Insane asylums in Bengal annual reports 1876-1887 - 1876-1887
Year: 1876
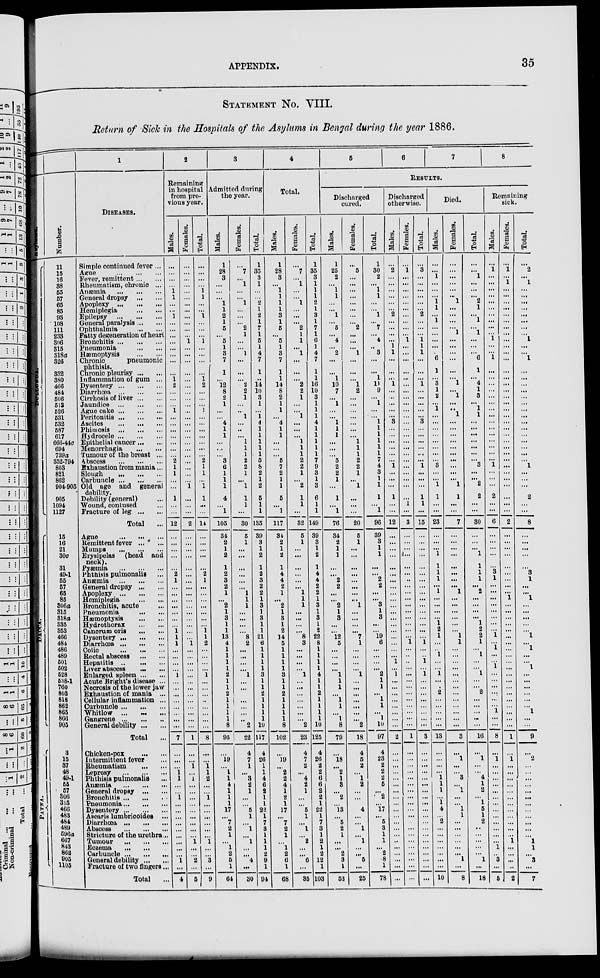
APPENDIX.
35
STATEMENT No. VIII.
Return of Sick in the Hospitals of the Asylums in Bengal during the year 1886.
Asylums.
DULLUNDA.
DACCA.
PATNA.
Number.
11
15
16
38
55
57
65
85
93
108
111
233
306
315
318a
326
332
380
466
484
506
513
626
531
532
587
617
666-440
694
739a
352-794
803
821
862
904-905
905
1094
1127
15
16
21
30c
31
49-1
55
57
65
85
306a
315
318a
835
353
466
484
486
489
501
502
528
538-1
760
803
818
862
865
866
905
3
15
87
48
49-1
65
57
806
315
466
483
484
489
596a
607
843
862
905
1105
1
DISEASES.
Simple continued fever...
Ague
...
...
...
Fever remittent ... ...
Rheumatism chronic ...
Anæmia
...
...
...
General dropsy
...
...
Apoplexy
...
...
...
Hemiplegia
...
...
Epilepsy ... ... ...
General paralysis ... ...
Ophthalmia
...
...
Fatty degeneration of heart
Bronchitis ... ... ...
Pneumonia
...
...
Haemoptysis
...
...
Chronic
pneumonic
phthisis.
Chronic pleurisy ... ...
Inflammation of gum ...
Dysentery ... ... ...
Diarrhœa
...
...
...
Cirrhosis of liver ... ...
Jaundice
...
...
...
Ague cake ... ... ...
Peritonitis ... ... ...
Ascites ... ... ...
Phimosis
...
...
...
Hydrocele ... ... ...
Epithelial cancer ... ...
Menorrhagia
...
...
Tumour of the breast ...
Abscess
...
...
...
Exhaustion from mania...
Slough
...
...
...
Carbuncle ... ... ...
Old age and general debility.
Debility (general) ...
Wound contused ...
Fracture of leg ... ...
Total ...
Ague
...
...
...
Remittent fever ... ...
Mumps
...
...
...
Erysipelas
(head and
neck).
Pyæmia
...
...
...
Phthisis pulmonalis ...
Anæmia
...
...
...
General dropsy ... ...
Apoplexy
...
...
...
Hemiplegia
...
...
Bronchitis acute ...
Pneumonia ... ...
Hæmoptysis
...
...
Hydrothorax
...
...
Canorum oris
...
...
Dysentery ... ... ...
Diarrhœa
...
...
...
Colic
...
...
...
Rectal abscess
...
...
Hepatitis
...
...
...
Liver abscess
...
...
Enlarged spleen ... ...
Acute Brignt's disease ...
Necrosis of the lower jaw
Exhaustion of mania ...
Cellular inflammation ...
Curbunole ... ... ...
Whitlow ... ... ...
Gangrene ... ... ...
General debility ... ...
Total ...
Chicken-pox
...
...
Intermittent fever ...
Rheumatism
...
...
Leprosy
...
...
...
Phthisis pulmonalis ...
Anæmia
...
...
...
General dropsy
...
...
Bronchitis ... ... ...
Pneumonia ... ... ...
Dysentery ... ... ...
Ascaris lumbricoides ...
Diarrhœa
...
...
...
Abscess
...
...
...
Stricture of the urethra...
Tumour
...
...
...
Eczema ... ... ...
Carbuncle ... ... ...
General debility ... ...
Fracture of two fingers...
Total ...
2
Remaining
in hospital
from pre-
vious year.
Males.
...
...
...
...
1
1
...
...
1
...
...
...
...
...
...
...
...
1
2
...
...
...
1
...
...
...
...
...
...
...
2
1
1
...
...
1
...
...
12
...
...
...
...
...
2
1
...
...
...
...
...
...
...
1
1
1
...
...
...
...
1
...
...
...
...
...
...
...
...
7
...
...
...
1
1
...
...
1
...
...
...
...
...
...
...
...
...
1
...
4
Females.
...
...
...
...
...
...
...
...
...
...
...
...
1
...
...
...
...
...
...
...
...
...
...
...
...
...
...
...
...
...
...
...
...
...
1
...
...
...
2
...
...
...
...
...
...
...
...
...
...
...
...
...
...
...
...
1
...
...
...
...
...
...
...
...
...
...
...
...
...
1
...
...
1
...
1
...
...
...
...
...
...
...
...
...
1 ...
...
2
...
5
Total.
...
...
...
...
1
1
...
...
1
...
...
...
1
...
...
...
...
1
2
....
...
...
1
...
...
...
...
...
...
...
2
1
1
...
1
1
...
...
14
...
...
...
...
...
2
1
...
...
...
...
...
...
...
1
1
2
...
...
...
...
1
...
...
...
...
...
...
...
...
8
...
...
1
1
2
...
...
1
...
...
...
...
...
...
1
...
...
3
...
9
3
Admitted during
the year.
Males.
1
28
3
...
...
...
1
1
2
1
5
...
5
1
3
7
1
...
12
8
2
1
...
...
4
1
1
...
...
...
3
6
1
1
1
4
...
1
105
34
2
1
2
1
2
3
2
1
...
2
1
3
1
1
13
4
1
1
1
1
2
1
1
2
1
1
1
1
8
95
...
19
...
1
1
4
1
1
1
17
... 7
2
1
...
1
2
5
1
64
Females.
...
7
...
1
...
...
1
...
...
...
2
1
...
...
1
...
...
...
2
2
1
...
...
1
...
...
...
1
1
1
2
2
1
...
1
1
1
...
30
5
1
...
...
...
...
...
...
1
1
1
...
...
...
...
8
2
...
...
...
1
...
...
...
...
...
...
2
22
4
7
1
...
3
2
1
...
...
5
1
...
1
...
l
...
...
4
...
30
Total.
1
35
3
1
...
...
2
1
2
1
7
1
5
1
4
7
1
...
14
10
3
1
...
1
4
1
1
1
1
1
5
8
2
1
2
5
1
1
135
39
3
1
2
1
2
3
2
2
1
3
1
3
1
1
21
6
1
1
1
1
3
1
1
2
1
1
1
1
10
117
4
26
1
1
4
6
2
1
1
22
1
7
3
1
1
1
2
9
1
94
4
Total.
Males.
1
28
3
...
1
1
1
1
3
1
5
...
5
1
3
7
1
1
14
8
2
1
1
...
4
1
1
...
...
...
5
7
2
1
1
5
...
1
117
34
2
1
2
1
4
4
2
1
...
2
1
3
1
2
14
5
1
1
1
1
3
1
1
2
1
1
1
1
8
102
...
19
...
2
2
4
1
2
1
17
... 7
2
1
...
1
2
6
1
68
Females.
...
7
...
1
...
...
1
...
...
...
2
1
1
...
1
...
...
...
2
2
1
...
...
1
...
...
...
1
1
1
2
2
1
...
2
1
1
...
32
5
1
...
...
...
...
...
...
1
1
1
...
...
...
...
8
3
...
...
...
...
1
...
...
...
...
...
...
...
2
23
4
7
2
...
4
2
1
...
...
5
1
...
1
...
2
...
...
6
...
35
Total.
1
35
3
1
1
1
2
1
3
1
7
1
6
1
4
7
1
1
16
10
3
1
1
1
4
1
1
1
1
1
7
9
3
1
3
6
1
1
149
39
3
1
2
1
4
4
2
2
1
3
1
3
1
2
22
8
1
1
1
1
4
1
1
2
1
1
1
1
10
125
4
26
2
2
6
6
2
2
1
22
1
7
3
1
2
1
2
12
1
103
5
6
7
8
RESULTS.
Discharged
cured.
Males.
1
25
2
...
1
1
...
...
1
...
5
...
4
...
2
...
...
1
10
7
...
1
...
...
1
1
1
...
...
...
5
2
2
1
...
1
...
1
76
34
2
1
1
...
...
2
2
...
...
2
1
3
...
...
12
5
...
...
...
...
1
1
1
...
1
1
...
1
8
79
...
18
...
2
1
3
...
2
...
13
... 5
2
1
...
...
2
3
1
53
Females.
...
5
...
...
...
...
...
...
...
...
2
...
...
...
1
...
...
...
1
2
...
...
...
...
...
...
...
1
1
1
2
2
1
...
1
...
...
...
20
5
1
...
...
...
...
...
...
...
...
1
...
...
...
...
7
1
...
...
...
1
...
...
...
...
...
...
2
18
4
5
2
...
1
2
...
...
4
...
...
1
...
1
...
...
5
...
25
Total.
1
30
2
...
1
1
...
...
1
...
7
...
4
..
3
...
...
1
11
9
...
1
...
...
1
1
1
1
1
1
7
4
3
1
1
1
...
1
96
39
3
1
1
...
...
2
2
...
...
3
1
3
...
...
19
6
...
...
...
...
2
1
1
...
1
1
...
1
10
97
4
23
2
2
2
5
...
2
...
17
... 5
3
1
1
...
2
8
1
78
Discharged
otherwise.
Males.
...
2
...
...
...
...
...
...
2
...
...
...
...
1
1
...
...
...
1
...
...
...
...
...
3
...
...
...
...
...
...
1
...
...
...
1
...
...
12
...
...
...
...
...
...
...
...
...
...
...
...
...
...
...
...
...
...
...
1
...
1
...
...
...
...
...
...
...
...
2
...
...
...
...
...
...
...
...
...
...
...
...
...
...
...
...
...
...
...
...
Females.
...
1
...
...
...
...
...
...
...
...
...
...
1
...
...
...
...
...
...
...
...
...
...
...
...
...
...
...
...
...
...
...
...
...
...
...
1
...
3
...
...
...
...
...
...
...
...
...
...
...
...
...
...
...
...
1
...
...
...
...
...
...
...
...
...
...
...
...
...
1
...
...
...
...
...
...
...
...
...
...
...
...
...
...
...
...
...
...
...
Total.
...
3
...
...
...
...
...
...
2
...
...
...
1
1
1
...
...
...
1
...
...
...
...
...
3
...
...
...
...
...
...
1
...
...
...
1
1
...
15
...
...
...
...
...
...
...
...
...
...
...
...
...
...
...
...
1
...
..
1
...
1
...
...
...
...
...
...
...
...
3
...
...
...
...
...
...
...
...
.....
...
...
...
...
...
...
...
...
...
...
...
Died.
Males.
...
...
1
...
...
...
1
1
...
1
...
...
...
...
6
1
...
3
1
2
...
1
...
...
...
...
...
...
...
...
3
...
...
1
1
...
...
23
...
...
...
1
1
1
1
...
1
...
...
...
...
1
2
1
...
...
1
...
...
1
...
...
2
...
...
...
...
...
13
...
...
...
...
1
1
1
...
1
4
... 2
...
...
...
...
...
...
...
10
Females.
...
...
...
...
...
...
1
...
...
...
...
1
...
...
...
...
...
...
1
...
1
...
...
1
...
...
...
...
...
...
...
...
...
...
1
1
...
...
7
...
...
...
...
...
...
...
...
1
...
...
...
...
...
...
1
1
...
...
...
...
...
...
...
...
...
...
...
...
...
3
...
1
...
...
3
1
...
...
1
1
...
...
...
...
...
...
1
...
8
Total.
...
...
1
...
...
...
2
1
...
1
...
1
...
...
...
6
1
...
4
1
3
...
1
1
...
...
...
...
...
...
...
3
...
...
2
2
...
...
30
...
...
...
1
1
1
1
...
2
...
...
...
...
1
2
2
1
...
1
...
...
1
...
...
2
...
...
...
...
...
16
...
1
...
...
4
1
2
...
1
5
1
2
..
...
...
...
...
1
...
18
Remaining
sick.
Males.
...
1
...
...
...
...
...
...
...
...
...
...
1
...
...
1
...
...
...
...
...
...
...
...
...
...
...
...
...
...
...
1
...
...
...
2
...
...
6
...
...
...
...
...
3
1
...
...
...
...
...
...
...
...
1
...
1
...
...
1
...
...
...
...
...
...
1
...
...
8
...
1 ...
...
...
...
...
...
...
...
...
...
...
...
...
1
...
3
...
5
Females.
...
1
...
1
...
...
...
...
...
...
...
...
...
...
...
...
...
...
...
...
...
...
...
...
...
...
...
...
...
...
...
...
...
...
...
...
...
...
2
...
...
...
...
...
...
...
...
...
1
...
...
...
...
...
...
...
...
...
...
...
...
...
...
...
...
...
...
...
...
1
...
1
...
...
...
...
...
...
...
...
...
...
...
...
1
...
...
...
...
2
Total.
...
2
...
1
...
...
...
...
...
...
...
...
1
...
...
1
...
...
...
...
...
...
...
...
...
...
...
...
...
...
...
1
...
...
...
2
...
...
8
...
...
...
...
...
3
1
...
...
1
...
...
...
...
...
1
...
1
...
...
1
...
...
...
...
...
...
1
...
...
9
...
2
...
...
...
...
...
...
...
...
...
...
...
...
1
1
...
3
...
7